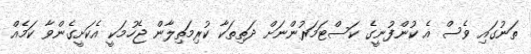
ތަނުގައި ވެސް އެ ކުންފުނީގެ ކަސްޓަމަރުންނަށް ދަތިތަކާ ކުރިމަތިލާން ޖެހުމަކީ އެކަށީގެންވާ ކަމެއް